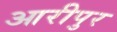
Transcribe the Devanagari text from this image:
आरीपुर